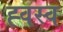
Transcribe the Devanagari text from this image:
ह्वस्व